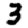
Digit: 3